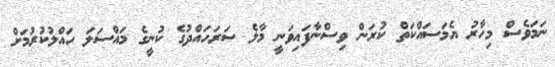
ނަމަވެސް މިހާރު އެމަސައްކަތް ކުރަން ވިސްނާފައިވަނީ މާލެ ސަރަހައްދުގެ ކުނީގެ މައްސަލަ ހައްލުކުރުމަށް